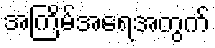
အကြိမ်အရေအတွက်